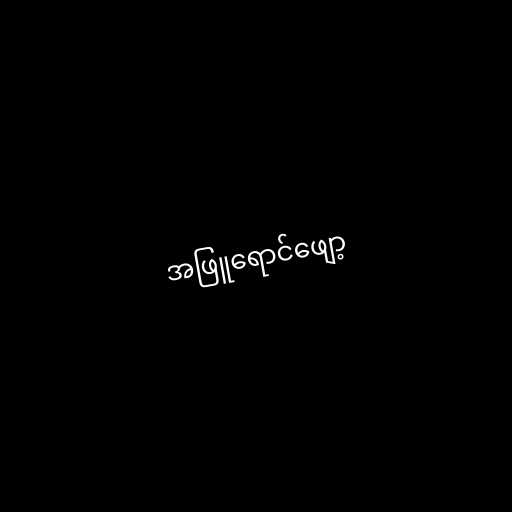
အဖြူရောင်ဖျော့